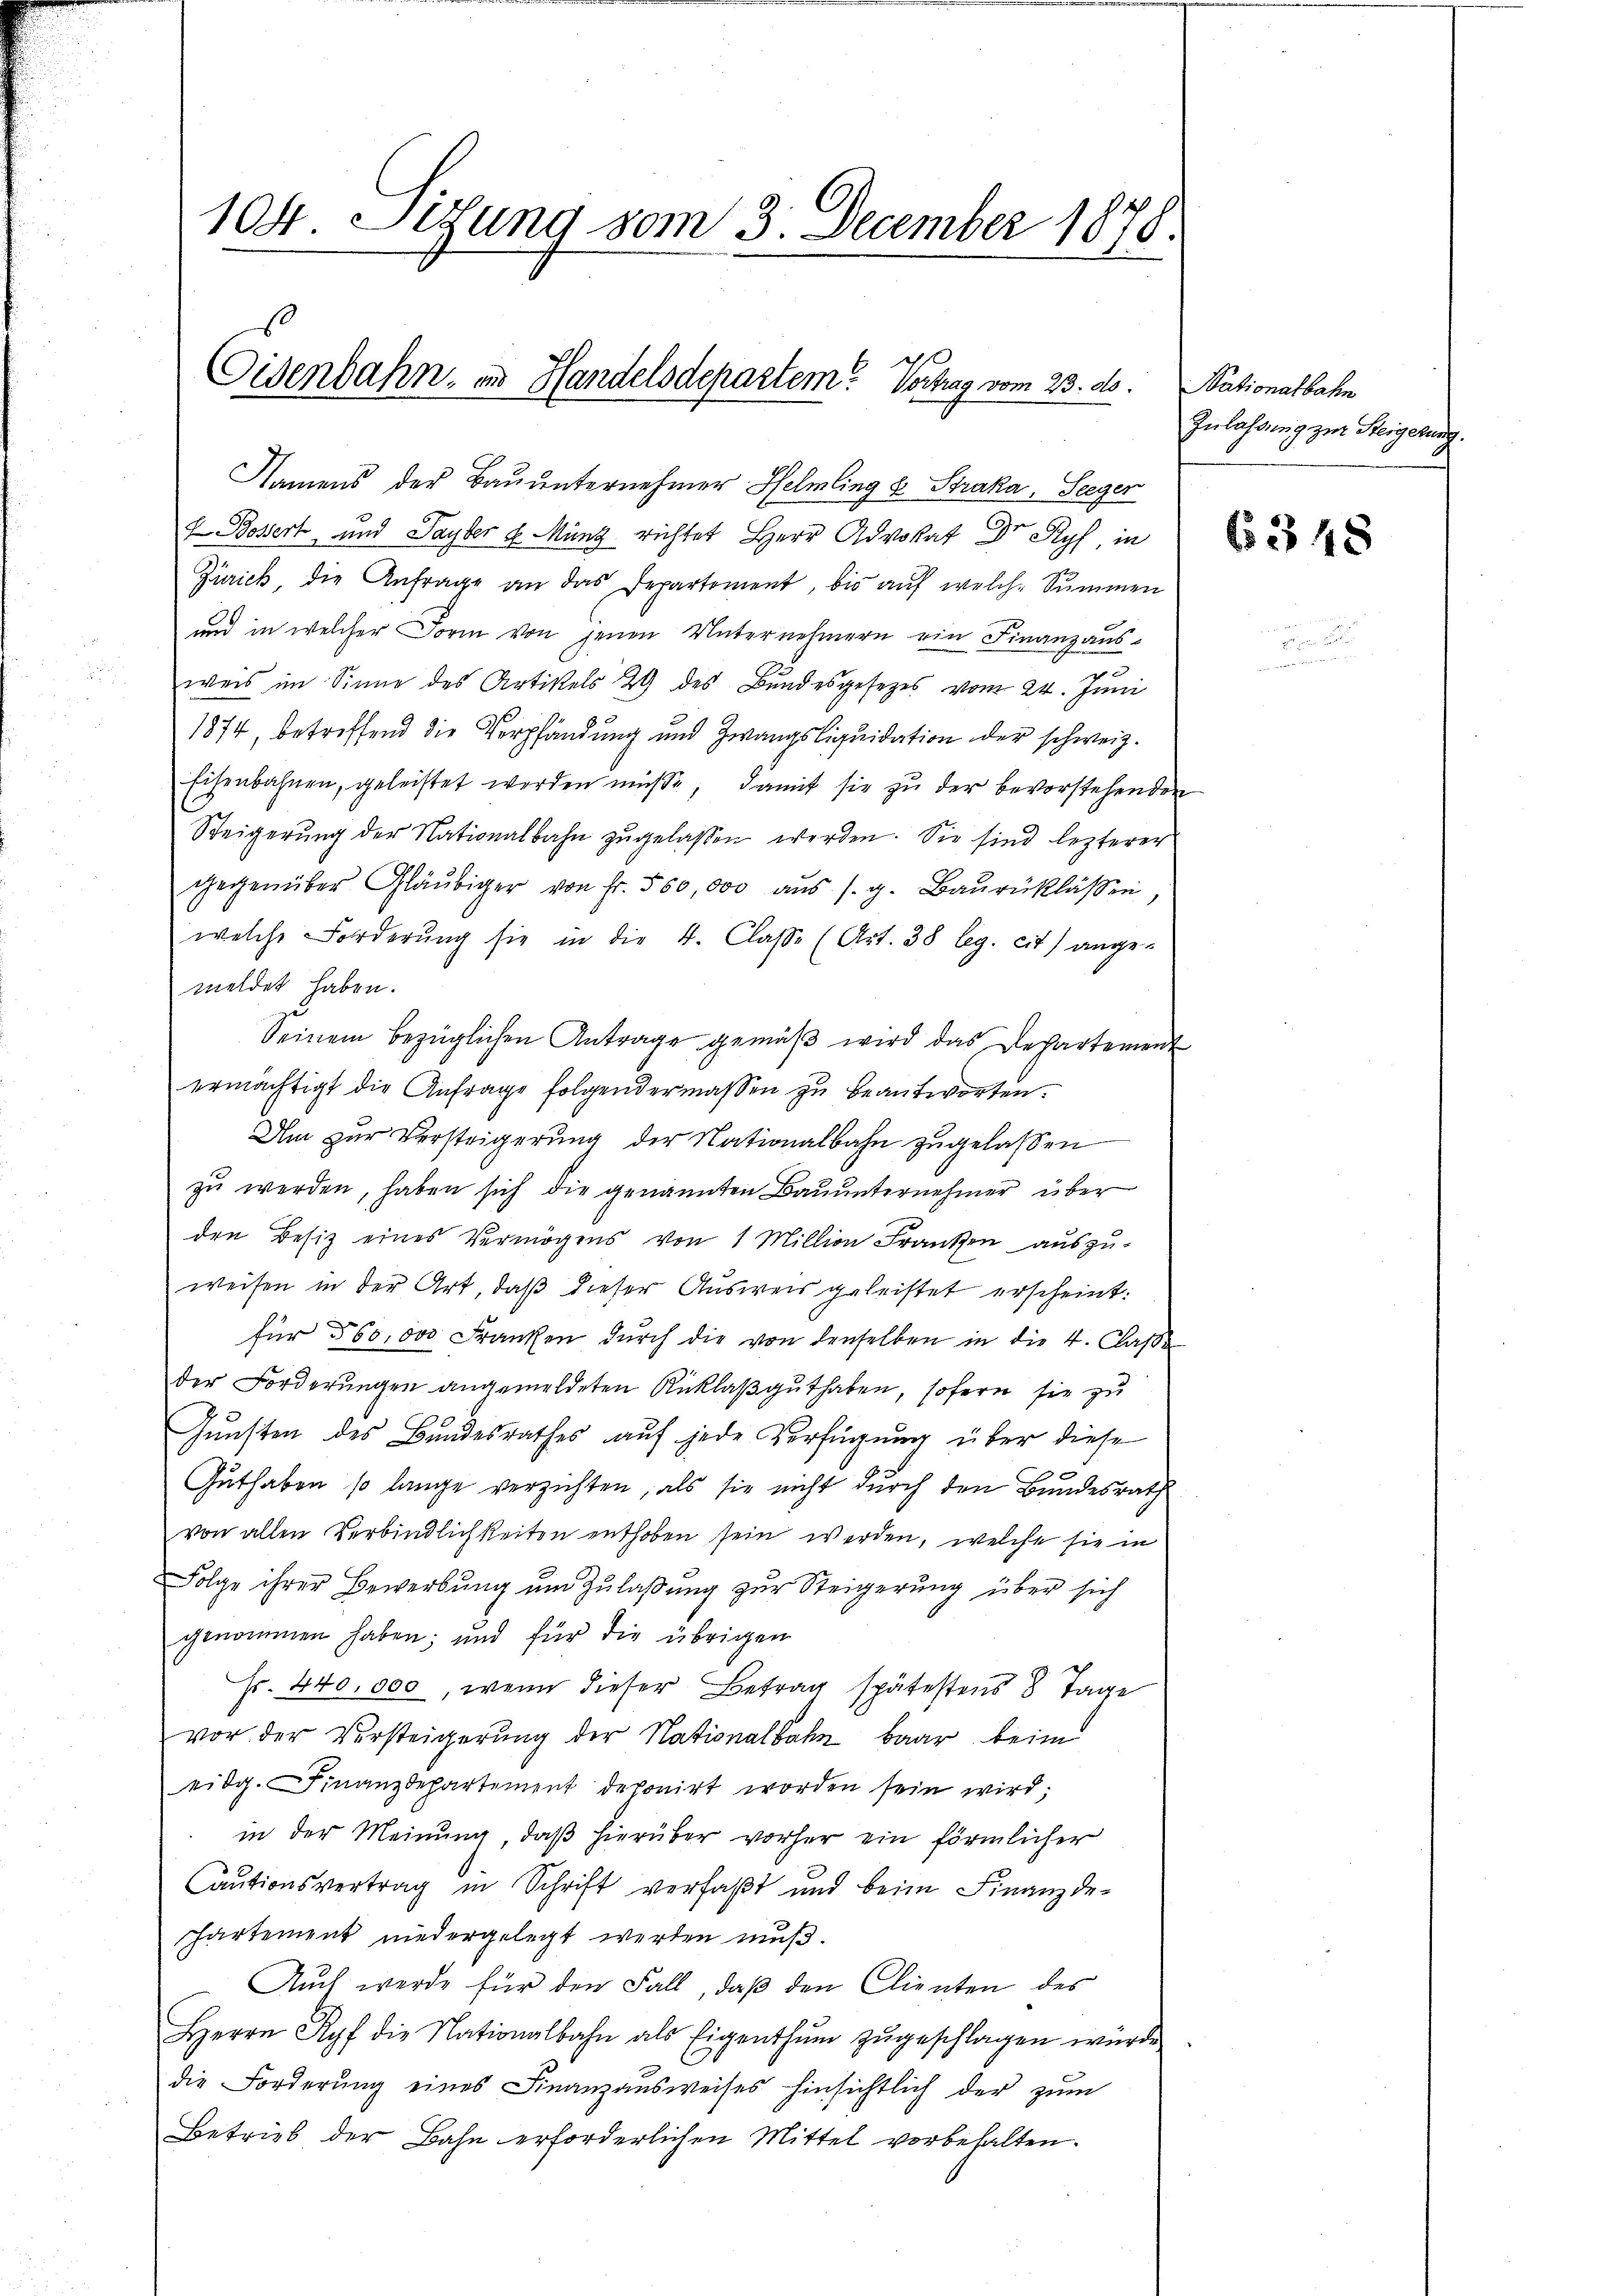
104 Situng vom 3. December 1878.

Eisenbahn in Handelsdepartem Vortrag vom 23. ds.

Namens der Bauunternehmer Helmling & Straka, Seeger
 Bossert und Sayler u. Münz richtet Herr Advokat Dr Ryf in
Zürich die Anfrage an das Departement, bis auf welche Summen
und in welcher Form von jenen Unternehmern ein Finanzausweis im Sinne des Artikels 29 des Bundesgesetzes vom 24. Juni
1874, betreffend die Verpfändung und Zwangsliquidation der schweiz.
Eisenbahnen, geleistet werden müsse, damit sie zu der bevorstehenden
Steigerŭng der Nationalbahn zugelassen werden. Sie sind lezterer
gegenüber Gläubiger von Fr. 500,000 aŭs s. g. Baŭrüklassen,
welche Forderŭng sie in die 4. Classe (Art. 38 leg. cit) ange-
meldet haben.
Seinem bezüglichen Antrage gemäß wird das Departement
ermächtigt die Anfrage folgendermassen zu beantworten.
Um zur Versteigerung der Nationalbahn zugelassen
zu werden, haben sich die genannten Bauunternehmer über
den Besiz eines Vermögens von 1 Million Franken auszuweisen in der Art, daß dieser Ausweis geleistet erscheint.
für 560. 000 Franken dŭrch die von denselben in die 4. Classe
der Forderungen angemeldeten Rüklaßguthaben, sofern sie zu
Gunsten des Bundesrathes auf jede Verfügung über diese
Guthaben so lange verzichten, als sie nicht durch den Bundesrath
von allen Verbindlichkeiten enthoben sein werden, welche sie in
Folge ihrer Bewerbŭng ŭm Zŭlaβŭng zŭr Steigerŭng über sich
genommen haben; und für die übrigen
Fr. 440,000, wenn dieser Betrag spätestens 8 Tage
vor der Versteigerung der Nationalbahn baar beim
eidg. Finanzdepartement deponirt worden sein wird;
in der Meinung, daβ hierüber vorher ein förmlicher
Cautionsvertrag in Schrift verfaßt und beim Finanzde-
hartement niedergelegt werden muß.
Auch werde für den Fall, daß den Clienten des
Herrn Ryf die Nationalbahn als Eigenthum zugeschlagen wurde
die Forderung eines Finanzausweises hinsichtlich der zum
Betrieb der Bahn erforderlichen Mittel vorbehalten.

Stationalbahn
Zulassung zur Steigerung.
6348